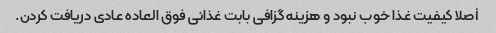
أصلا کیفیت غذا خوب نبود و هزینه گزافی بابت غذائی فوق العاده عادی دریافت کردن.